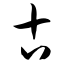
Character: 古